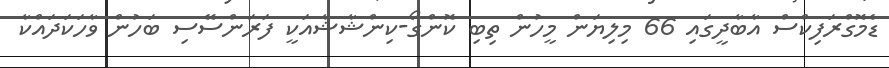
ޑެމޮގްރަފިކްސް އާބާދީގައި 66 މިލިޔަން މީހުން ތިބި ކޮންގޯ-ކިންޝާޝާއަކީ ފަރަންސޭސި ބަހުން ވާހަކަދައްކާ